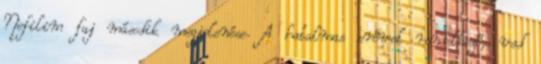
Nefilim faj második megjelenése. A hatalmas erővel rendelkező, vad